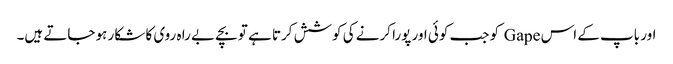
اور باپ کے اس Gape کو جب کوئی اور پورا کرنے کی کوشش کرتا ہے تو بچے بے را ہ روی کا شکار ہو جاتے ہیں۔